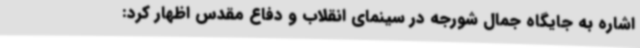
اشاره به جایگاه جمال شورجه در سینمای انقلاب و دفاع مقدس اظهار کرد: